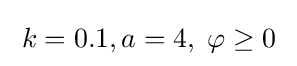
\;k=0.1,a=4,\;\varphi \geq 0\;